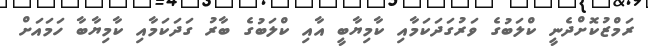
ރަމްޒުކޮށްދެނީ ކްލަބުގެ ވަރުގަދަކަމާއި ކާމިޔާބީ އާއި ކްލަބުގެ ބާރު ގަދަކަމާއި ކާމިޔާބާ ހަމައަށް